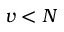
v < N